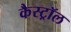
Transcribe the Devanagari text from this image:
कैस्ट्रॉल